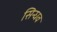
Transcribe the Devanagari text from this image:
सिन्धव